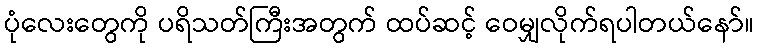
ပုံလေးတွေကို ပရိသတ်ကြီးအတွက် ထပ်ဆင့် ဝေမျှလိုက်ရပါတယ်နော်။